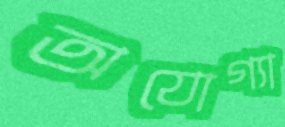
অযোগ্যা